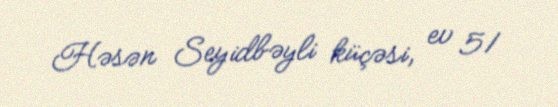
Həsən Seyidbəyli küçəsi, ev 51